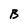
Character: B